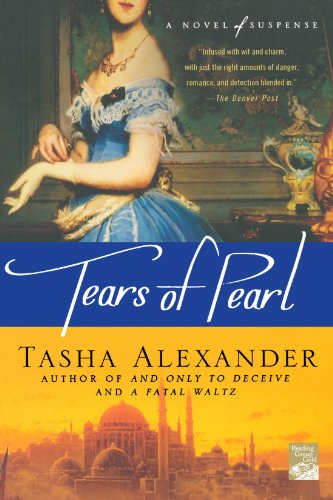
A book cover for Tears of Pearl: A Novel of Suspense (Lady Emily Mysteries); Tasha Alexander; Mystery, Thriller & Suspense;